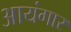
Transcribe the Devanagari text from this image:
आयंगार